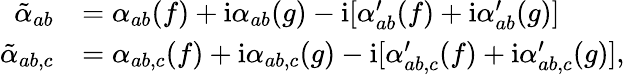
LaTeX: \begin{array}{rl}{\tilde{\alpha}_{ab}}&{=\alpha_{ab}(f)+\mathrm{i}\alpha_{ab}(g)-\mathrm{i}[\alpha_{ab}^{\prime}(f)+\mathrm{i}\alpha_{ab}^{\prime}(g)]}\\ {\tilde{\alpha}_{ab,c}}&{=\alpha_{ab,c}(f)+\mathrm{i}\alpha_{ab,c}(g)-\mathrm{i}[\alpha_{ab,c}^{\prime}(f)+\mathrm{i}\alpha_{ab,c}^{\prime}(g)],}\end{array}